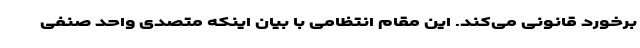
برخورد قانونی می‌کند. این مقام انتظامی با بیان اینکه متصدی واحد صنفی